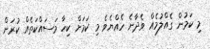
މި ކަމުން ގެއްލުމެއް ވެދާނެ ހެއްޔެވެ މި ކަމަށް ކިހާ މަސައްކަތެއް ކުރަން